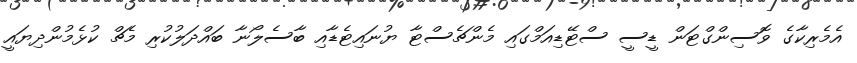
އެމެރިކާގެ ވޮސިންގްޓަން ޑީސީ ސްޓޭޑިއަމްގައި މެންޗެސްޓާ ޔުނައިޓެޑާއި ބާސެލޯނާ ބައްދަލުކުރި މެޗް ކުޅެމުންދިޔައީ